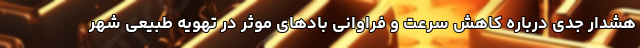
هشدار جدی درباره کاهش سرعت و فراوانی بادهای موثر در تهویه طبیعی شهر